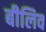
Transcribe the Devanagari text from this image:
बीलिव